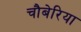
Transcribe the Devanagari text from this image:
चौबेरिया